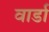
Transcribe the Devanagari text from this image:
वार्डा